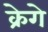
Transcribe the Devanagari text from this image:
क्रेगे